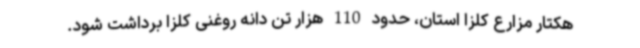
هکتار مزارع کلزا استان، حدود 110 هزار تن دانه روغنی کلزا برداشت شود.